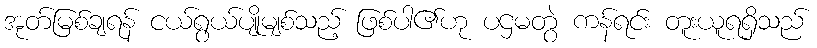
အုတ်မြစ်ချရန် ငယ်ရွယ်ပျိုမျစ်သည့် ဖြစ်ပါ၏ဟု ပဌမတွဲ ကန်ရင်း တူးယူရရှိသည်